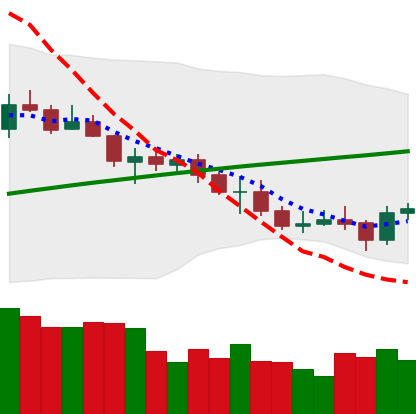
Ticker: ETC-USD
Chart end date: 2021-07-22
Forward return: 13.935%
Label: up_7plus